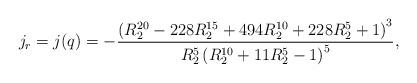
LaTeX: \begin{align*}j_r=j(q)=-\frac{\left(R_2^{20}-228 R_2^{15}+494 R_2^{10}+228 R_2^5+1\right)^3}{R_2^5 \left(R_2^{10}+11 R_2^5-1\right)^5},\end{align*}